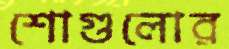
শোগুলোর